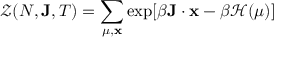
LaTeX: { \mathcal { Z } } ( N , \mathbf { J } , T ) = \sum _ { \mu , \mathbf { x } } \exp [ \beta \mathbf { J } \cdot \mathbf { x } - \beta { \mathcal { H } } ( \mu ) ]